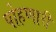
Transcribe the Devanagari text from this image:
पोहणारी